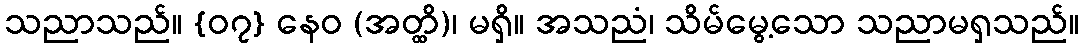
သညာသည်။ {၀၇} နေဝ (အတ္ထိ)၊ မရှိ။ အသညံ၊ သိမ်မွေ့သော သညာမရှသည်။